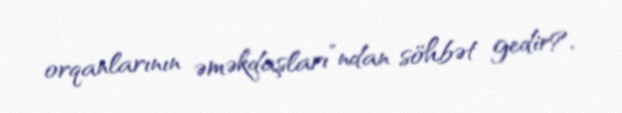
orqanlarının əməkdaşları”ndan söhbət gedir?.